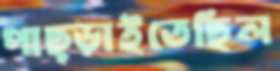
পাছ্‌ড়াইতেছিল